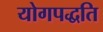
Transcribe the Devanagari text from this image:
योगपद्धति